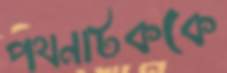
পথনাটককে